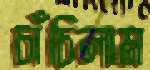
চাঁচিলাম